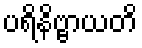
ပရိနိဗ္ဗာယတိ